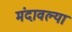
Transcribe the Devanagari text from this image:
मंदावल्या